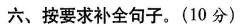
六、按要求补全句子。(10分)